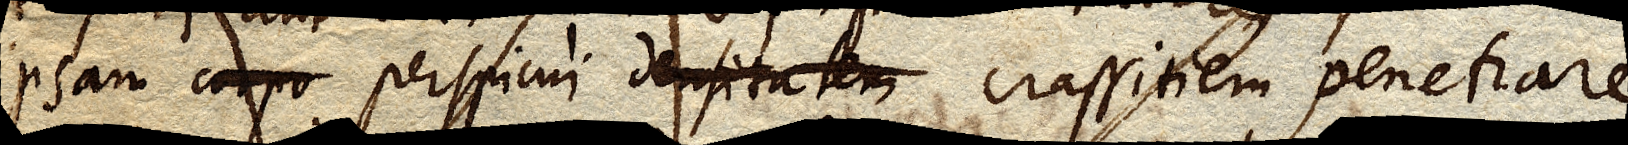
ipsam corpo perspicui densitatem crassitiem penetrare;